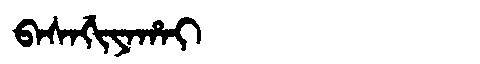
Manchu: ᠪᠠᠰᠠᡤᡳᠶᠠᡥᠠᡳ
Romanization: BASAGIYAHAI